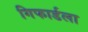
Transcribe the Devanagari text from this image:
गिफार्डला